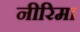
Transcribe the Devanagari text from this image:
नीरिमा